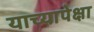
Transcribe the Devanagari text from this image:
याच्यापेक्षा